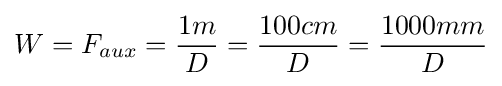
W=F_{aux}={\frac {1m}{D}}={\frac {100cm}{D}}={\frac {1000mm}{D}}